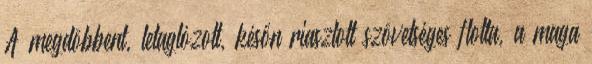
A megdöbbent, letaglózott, későn riasztott szövetséges flotta, a maga